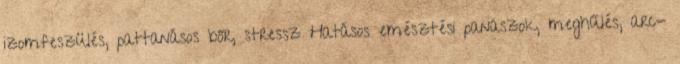
izomfeszülés, pattanásos bőr, stressz Hatásos emésztési panaszok, meghűlés, arc-